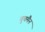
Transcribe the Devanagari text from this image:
बुचमैन